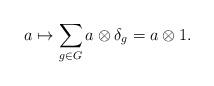
LaTeX: \begin{align*}a \mapsto \sum_{g\in G} a \otimes \delta_g = a \otimes 1.\end{align*}